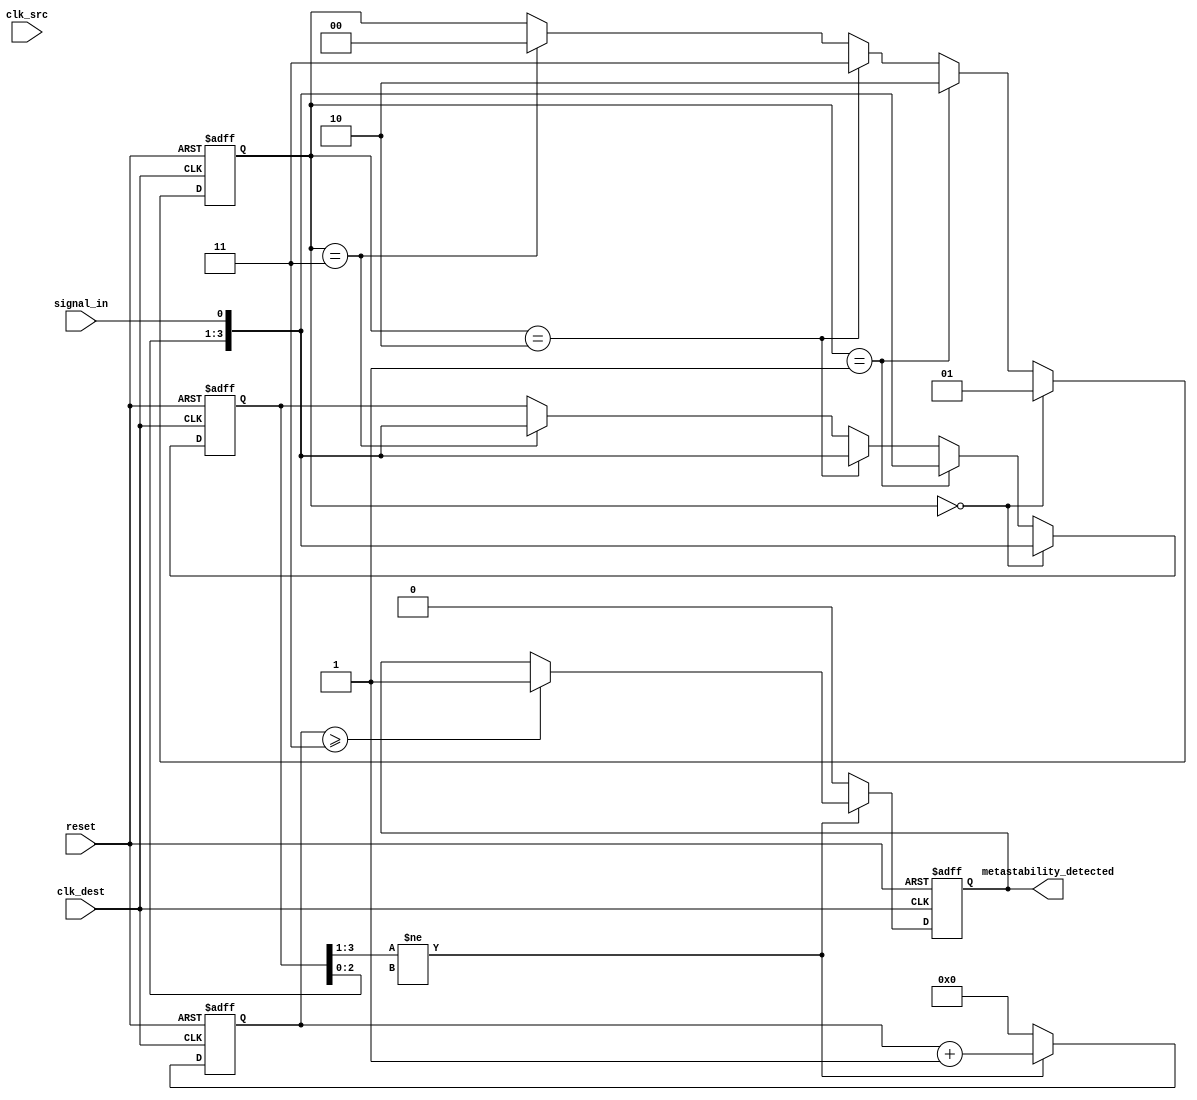
module metastability_detector (
    input wire clk_src,          // Source clock
    input wire clk_dest,         // Destination clock
    input wire reset,            // Reset signal
    input wire signal_in,        // Incoming signal to be monitored
    output reg metastability_detected // Output signal indicating metastability
);

// Parameters
parameter NUM_SAMPLES = 4;    // Number of samples to take
parameter STABILITY_CHECK_CYCLES = 3; // Number of cycles for stability check

// Sampling memory blocks
reg [NUM_SAMPLES-1:0] samples;
reg [NUM_SAMPLES-1:0] sampled_stable;
reg [NUM_SAMPLES-1:0] metastability_counter;

// Random sampling mechanism
reg [1:0] random_sample_trigger;
reg [1:0] random_sample_count;

// Metastability detection logic
always @(posedge clk_dest or posedge reset) begin
    if (reset) begin
        samples <= 0;
        metastability_counter <= 0;
        metastability_detected <= 0;
        random_sample_trigger <= 0;
    end else begin
        // Randomly trigger sampling
        if (random_sample_trigger == 2'b00) begin
            samples <= {samples[NUM_SAMPLES-2:0], signal_in};
            random_sample_trigger <= 2'b01; // Move to next trigger state
        end else if (random_sample_trigger == 2'b01) begin
            samples <= {samples[NUM_SAMPLES-2:0], signal_in};
            random_sample_trigger <= 2'b10; // Move to next trigger state
        end else if (random_sample_trigger == 2'b10) begin
            samples <= {samples[NUM_SAMPLES-2:0], signal_in};
            random_sample_trigger <= 2'b11; // Move to next trigger state
        end else if (random_sample_trigger == 2'b11) begin
            samples <= {samples[NUM_SAMPLES-2:0], signal_in};
            random_sample_trigger <= 2'b00; // Reset the trigger
        end
        
        // Stability check
        if (samples[NUM_SAMPLES-1:NUM_SAMPLES-STABILITY_CHECK_CYCLES] != 
            samples[NUM_SAMPLES-STABILITY_CHECK_CYCLES-1:NUM_SAMPLES-2*STABILITY_CHECK_CYCLES]) begin
            metastability_counter <= metastability_counter + 1;
            if (metastability_counter >= STABILITY_CHECK_CYCLES) begin
                metastability_detected <= 1;
            end
        end else begin
            metastability_counter <= 0;
            metastability_detected <= 0;
        end
    end
end

endmodule